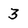
Character: 3